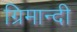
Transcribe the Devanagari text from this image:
ग्रिमान्दी